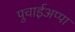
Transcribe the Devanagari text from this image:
पुचाईअप्पा